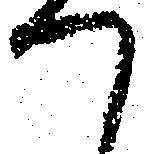
つ